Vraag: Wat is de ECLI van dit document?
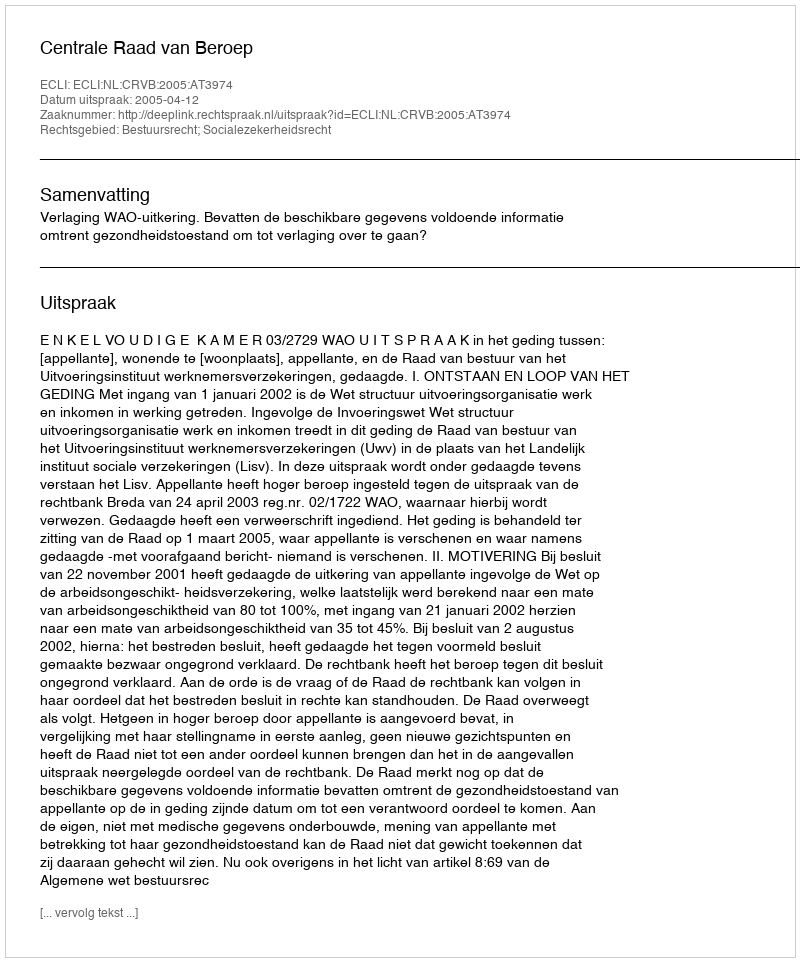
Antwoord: ECLI:NL:CRVB:2005:AT3974